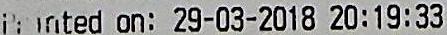
PRINTED ON: 29-03/2018 20:19:33